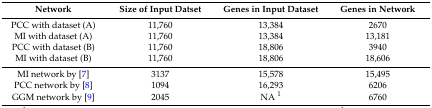
<table><thead><tr><td><b>Network</b></td><td><b>Size of Input Datset</b></td><td><b>Genes in Input Dataset</b></td><td><b>Genes in Network</b></td></tr></thead><tbody><tr><td>PCC with dataset (A)</td><td>11,760</td><td>13,384</td><td>2670</td></tr><tr><td>MI with dataset (A)</td><td>11,760</td><td>13,384</td><td>13,181</td></tr><tr><td>PCC with dataset (B)</td><td>11,760</td><td>18,806</td><td>3940</td></tr><tr><td>MI with dataset (B)</td><td>11,760</td><td>18,806</td><td>18,606</td></tr><tr><td>MI network by [7]</td><td>3137</td><td>15,578</td><td>15,495</td></tr><tr><td>PCC network by [8]</td><td>1094</td><td>16,293</td><td>6206</td></tr><tr><td>GGM network by [9]</td><td>2045</td><td>NA <sup>1</sup></td><td>6760</td></tr></tbody></table>